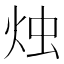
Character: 烛